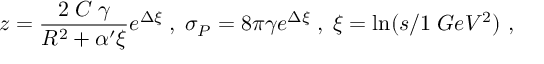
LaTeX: z = \frac { 2 \; C \; \gamma } { R ^ { 2 } + \alpha ^ { \prime } \xi } e ^ { \Delta \xi } \; , \; \sigma _ { P } = 8 \pi \gamma e ^ { \Delta \xi } \; , \; \xi = \ln ( s / 1 \; G e V ^ { 2 } ) \ ,